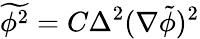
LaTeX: \widetilde{\phi^{2}}=C\Delta^{2}(\nabla\tilde{\phi})^{2}